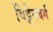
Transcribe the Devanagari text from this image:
विट्टेनबर्ग